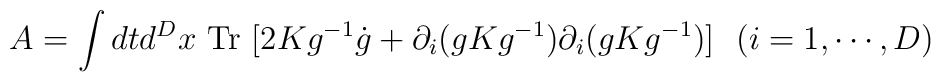
A= \int dt d^Dx\mbox{ Tr }[2Kg^{-1}\dot g+\partial_i (gK g^{-1})\partial_i (gK g^{-1})]~~ (i=1,\cdots, D)